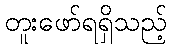
တူးဖော်ရရှိသည့်